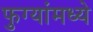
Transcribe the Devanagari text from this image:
फुग्यांमध्ये